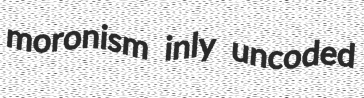
moronism inly uncoded